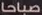
صباحا